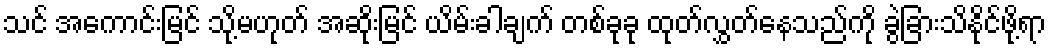
သင် အကောင်းမြင် သို့မဟုတ် အဆိုးမြင် ယိမ်းခါချက် တစ်ခုခု ထုတ်လွှတ်နေသည်ကို ခွဲခြားသိနိုင်ဖို့ရာ